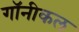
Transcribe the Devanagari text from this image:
गॉनीकल